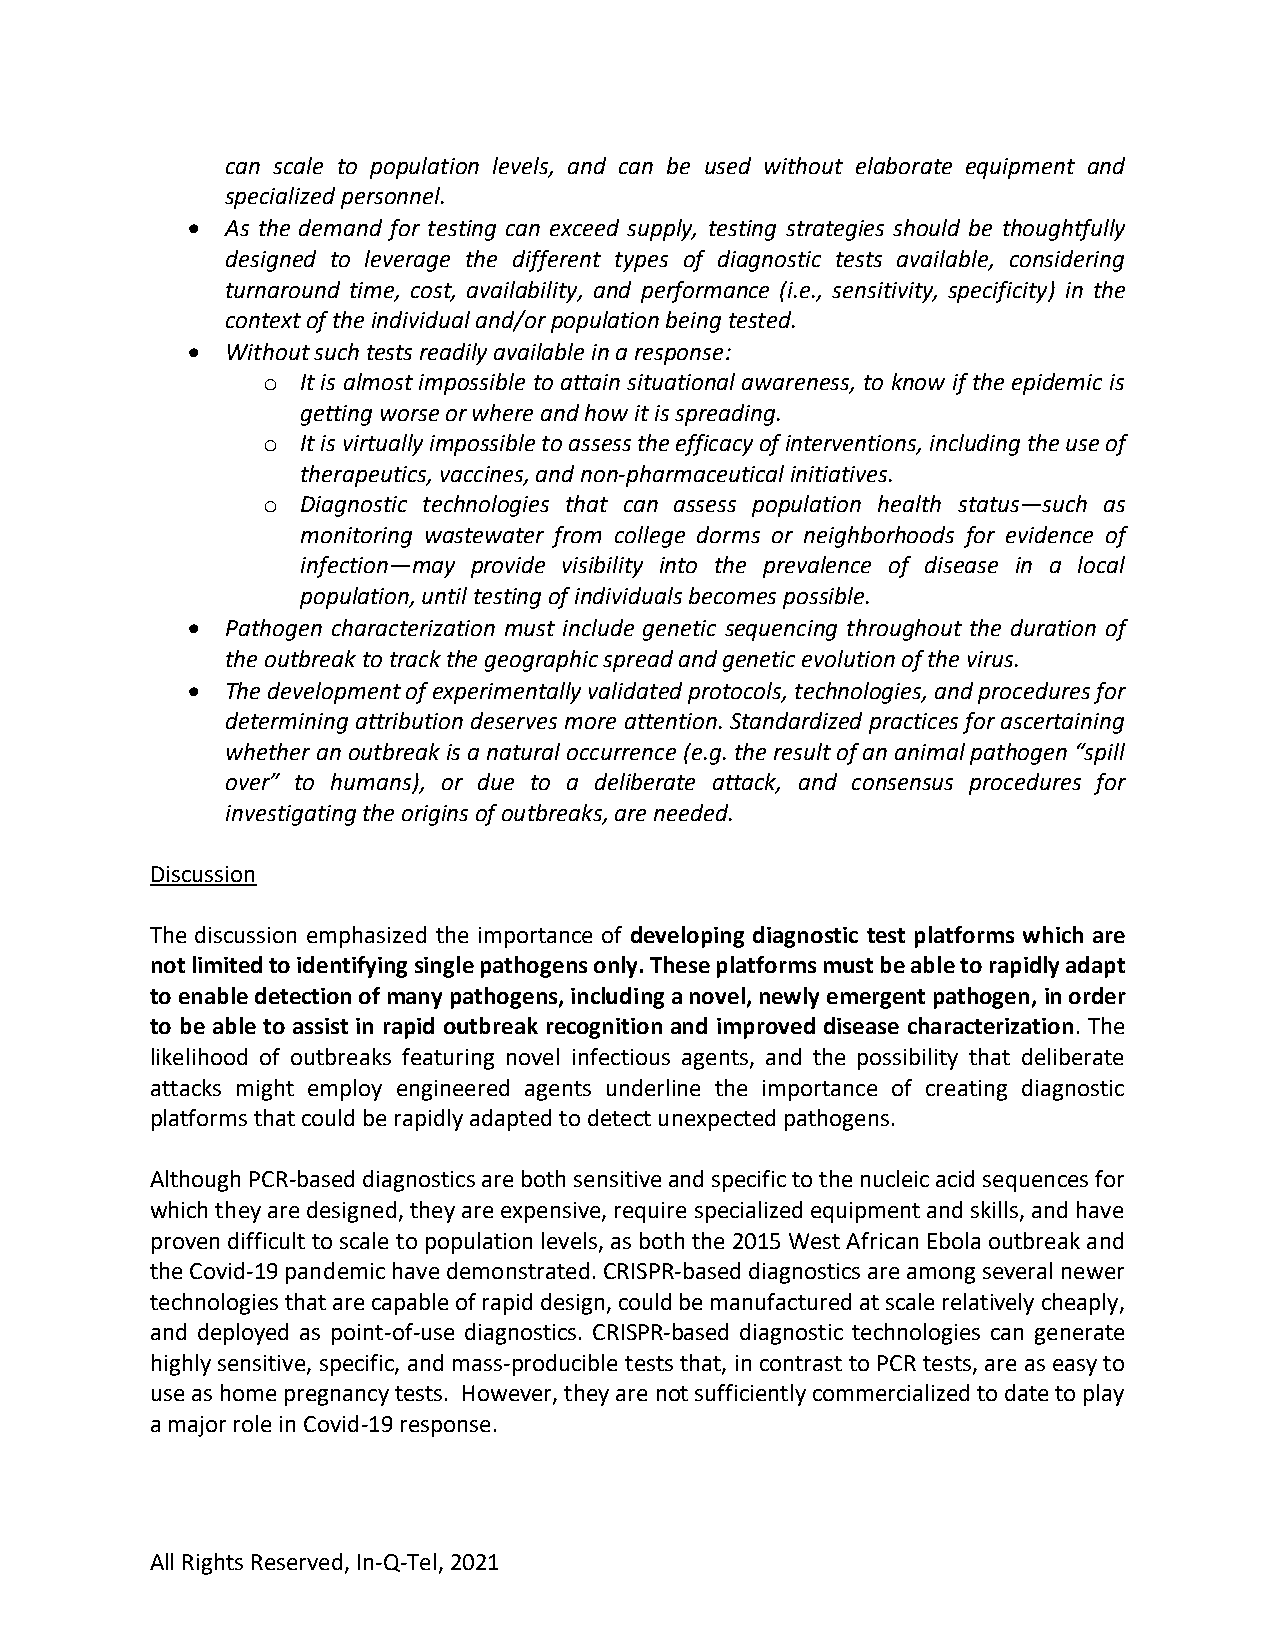
can scale to population levels, and can be used without elaborate equipment and
 specialized personnel.
 •  As the demand for testing can exceed supply, testing strategies should be thoughtfully
 designed to leverage the different types of diagnostic tests available, considering
 turnaround time, cost, availability, and performance (i.e., sensitivity, specificity) in the
 context of the individual and/or population being tested.
 •  Without such tests readily available in a response:
 o  It is almost impossible to attain situational awareness, to know if the epidemic is
 getting worse or where and how it is spreading.
 o  It is virtually impossible to assess the efficacy of interventions, including the use of
 therapeutics, vaccines, and non-pharmaceutical initiatives.
 o  Diagnostic technologies that can assess population health status—such as
 monitoring wastewater from college dorms or neighborhoods for evidence of
 infection—may provide visibility into the prevalence of disease in a local
 population, until testing of individuals becomes possible.
 •  Pathogen characterization must include genetic sequencing throughout the duration of
 the outbreak to track the geographic spread and genetic evolution of the virus.
 •  The development of experimentally validated protocols, technologies, and procedures for
 determining attribution deserves more attention. Standardized practices for ascertaining
 whether an outbreak is a natural occurrence (e.g. the result of an animal pathogen “spill
 over” to humans), or due to a deliberate attack, and consensus procedures for
 investigating the origins of outbreaks, are needed.
 Discussion
 The discussion emphasized the importance of developing diagnostic test platforms which are
 not limited to identifying single pathogens only. These platforms must be able to rapidly adapt
 to enable detection of many pathogens, including a novel, newly emergent pathogen, in order
 to be able to assist in rapid outbreak recognition and improved disease characterization. The
 likelihood of outbreaks featuring novel infectious agents, and the possibility that deliberate
 attacks might employ engineered agents underline the importance of creating diagnostic
 platforms that could be rapidly adapted to detect unexpected pathogens.
 Although PCR-based diagnostics are both sensitive and specific to the nucleic acid sequences for
 which they are designed, they are expensive, require specialized equipment and skills, and have
 proven difficult to scale to population levels, as both the 2015 West African Ebola outbreak and
 the Covid-19 pandemic have demonstrated. CRISPR-based diagnostics are among several newer
 technologies that are capable of rapid design, could be manufactured at scale relatively cheaply,
 and deployed as point-of-use diagnostics. CRISPR-based diagnostic technologies can generate
 highly sensitive, specific, and mass-producible tests that, in contrast to PCR tests, are as easy to
 use as home pregnancy tests. However, they are not sufficiently commercialized to date to play
 a major role in Covid-19 response.
 All Rights Reserved, In-Q-Tel, 2021